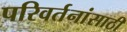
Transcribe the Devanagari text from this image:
परिवर्तनांसाठी